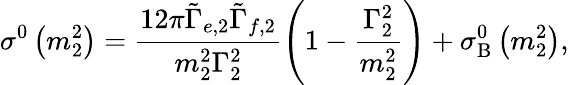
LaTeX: \sigma^{0}\left(m_{2}^{2}\right)=\frac{12\pi\tilde{\Gamma}_{e,2}\tilde{\Gamma}_{f,2}}{m_{2}^{2}\Gamma_{2}^{2}}\left(1-\frac{\Gamma_{2}^{2}}{m_{2}^{2}}\right)+\sigma_{\mathrm{B}}^{0}\left(m_{2}^{2}\right),